Report of the Municipal Commissioner on the plague in Bombay for the year ending 31st May... - Volume 3
Disease focus: Plague
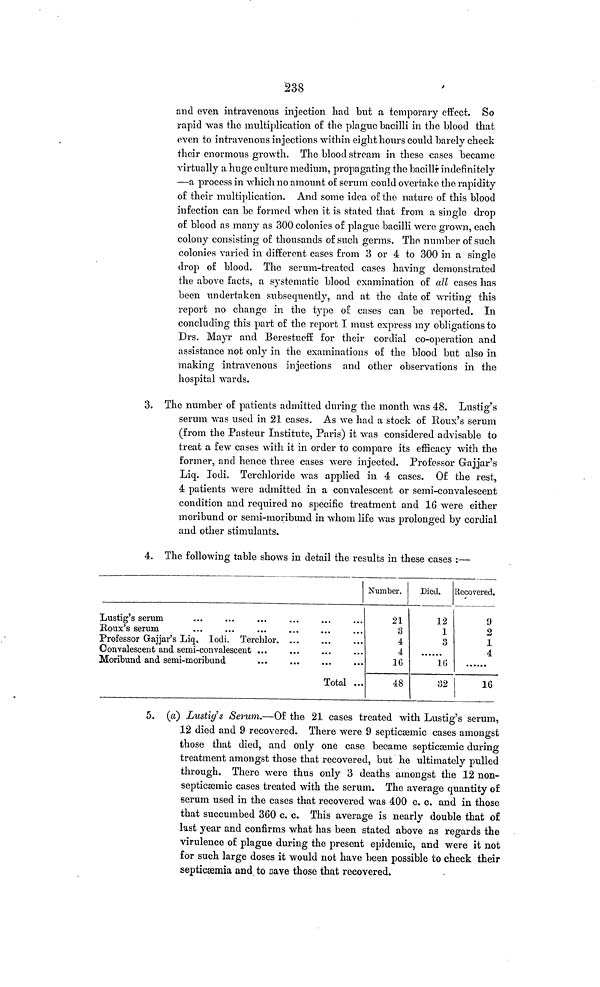
238
and even intravenous injection had but a temporary effect. So
rapid was the multiplication of the plague bacilli in the blood that
even to intravenous injections within eight hours could barely check
their enormous growth. The blood stream in these cases became
virtually a huge culture medium, propagating the bacilliindefinitely
—a process in which no amount of serum could overtake the rapidity
of their multiplication. And some idea of the nature of this blood
infection can be formed when it is stated that from a single drop
of blood as many as 300 colonies of plague bacilli were grown, each
colony consisting of thousands of such germs. The number of such
colonies varied in different cases from 3 or 4 to 300 in a single
drop of blood. The serum-treated cases having demonstrated
the above facts, a systematic blood examination of all cases has
been undertaken subsequently, and at the date of writing this
report no change in the type of cases can be reported. In
concluding this part of the report I must express my obligations to
Drs. Mayr and Berestueff for their cordial co-operation and
assistance not only in the examinations of the blood but also in
making intravenous injections and other observations in the
hospital wards.
3. The number of patients admitted during the month was 48. Lustig's
serum was used in 21 cases. As we had a stock of Roux's serum
(from the Pasteur Institute, Paris) it was considered advisable to
treat a few cases with it in order to compare its efficacy with the
former, and hence three cases were injected. Professor Gajjar's
Liq. lodi. Terchloride was applied in 4 cases. Of the rest,
4 patients were admitted in a convalescent or semi-convalescent
condition and required no specific treatment and 16 were either
moribund or semi-moribund in whom life was prolonged by cordial
and other stimulants.
4. The following table shows in detail the results in these cases :—
Lustig's serum
...
Professor Gajjar's Liq. lodi. Terchlor. ...
Moribund and semi-moribund
Total ...
21
3
4
4
16
48
Died.
12
1
3
16
32
Recovered.
9
2
1
4
16
5. (a) Lustig's Serum.—Of the 21 cases treated with Lustig's serum,
12 died and 9 recovered. There were 9 septicæmic cases amongst
those that died, and only one case became septicæmic during
treatment amongst those that recovered, but he ultimately pulled
through. There were thus only 3 deaths amongst the 12 non-
septicæmic cases treated with the serum. The average quantity of
serum used in the cases that recovered was 400 c. c. and in those
that succumbed 360 c. c. This average is nearly double that o£
last year and confirms what has been stated above as regards the
virulence of plague during the present epidemic, and were it not
for such large doses it would not have been possible to check their
septicæmia and to save those that recovered.